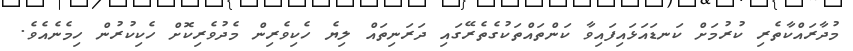
މުދާރައްކާތެރި ކުރުމަށް ކަނޑައަޅައިފައިވާ ކަންތައްތަކުގެތެރޭގައި ދަރަނިތައް ލިޔެ ހެކިވެރިން މެދުވެރިކޮށް ހެކިކުރުން ހިމެނެއެވެ.